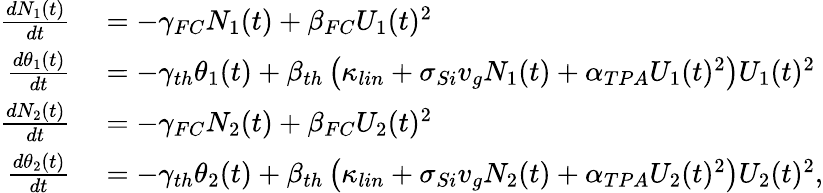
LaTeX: \begin{array}{rl}{\frac{dN_{1}(t)}{dt}}&{{}=-\gamma_{FC}N_{1}(t)+\beta_{FC}U_{1}(t)^{2}}\\ {\frac{d\theta_{1}(t)}{dt}}&{{}=-\gamma_{th}\theta_{1}(t)+\beta_{th}\left(\kappa_{lin}+\sigma_{Si}v_{g}N_{1}(t)+\alpha_{TPA}U_{1}(t)^{2}\right)U_{1}(t)^{2}}\\ {\frac{dN_{2}(t)}{dt}}&{{}=-\gamma_{FC}N_{2}(t)+\beta_{FC}U_{2}(t)^{2}}\\ {\frac{d\theta_{2}(t)}{dt}}&{{}=-\gamma_{th}\theta_{2}(t)+\beta_{th}\left(\kappa_{lin}+\sigma_{Si}v_{g}N_{2}(t)+\alpha_{TPA}U_{2}(t)^{2}\right)U_{2}(t)^{2},}\end{array}